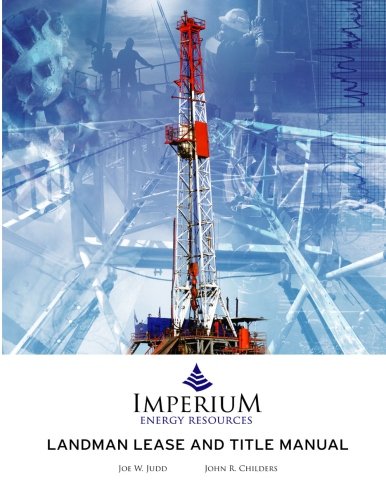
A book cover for Landman Lease and Title Manual; Mr. John R Childers; Business & Money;